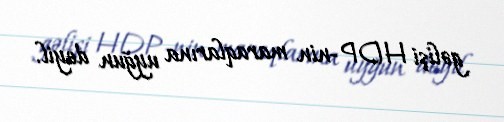
gəlişi HDP-nin maraqlarına uyğun deyil.